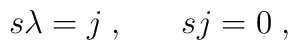
s\lambda =j\;,\;\;\;\;\;\;sj=0\;,